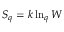
S _ { q } = k \ln _ { q } W